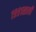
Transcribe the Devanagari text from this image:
१९९१साली